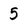
Character: 5